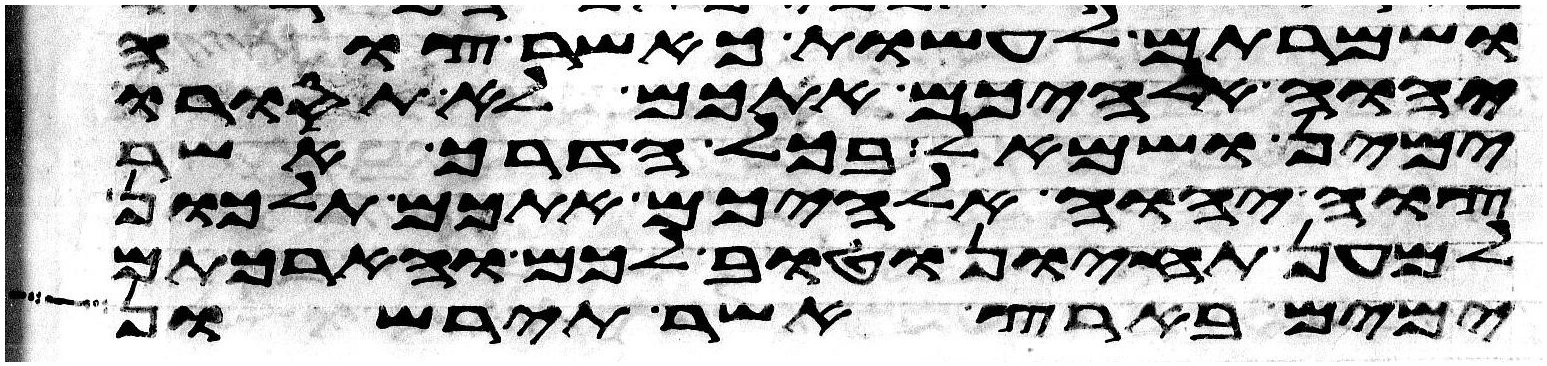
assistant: ושמרתם לעשות כאשר צוה
יהוה אלהיכם אתכם לא תסורו
ימין ושמאל בכל הדרך אשר
צוה יהוה אלהיכם אתכם תלכון
למען תחיון וטוב לכם והארכתם
ימים בארץ אשר תירשון